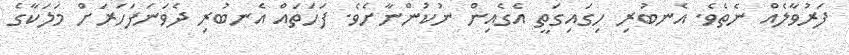
ފަރުވާލެއް ނެތެވެ. އެނބުރި ހިގައިގަތީ އެގެއިން ނުކުންނާށެވެ. ފަހަތައް އެނބުރި ދެވަނަފަހަރަށް މަލަކާގެ